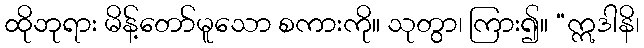
ထိုဘုရား မိန့်တော်မူသော စကားကို။ သုတွာ၊ ကြား၍။ “ဣဒါနိ၊